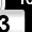
Digit: 3